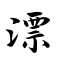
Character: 漂